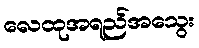
လေထုအရည်အသွေး